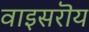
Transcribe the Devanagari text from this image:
वाइसरॊय